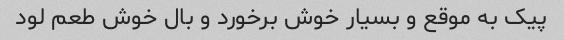
پیک به موقع و بسیار خوش برخورد و بال خوش طعم لود